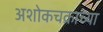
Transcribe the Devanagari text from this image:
अशोकचक्राच्या